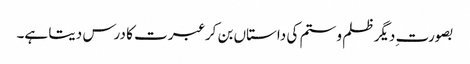
بصورت ِدیگر ظلم و ستم کی داستاں بن کر عبرت کا درس دیتا ہے۔